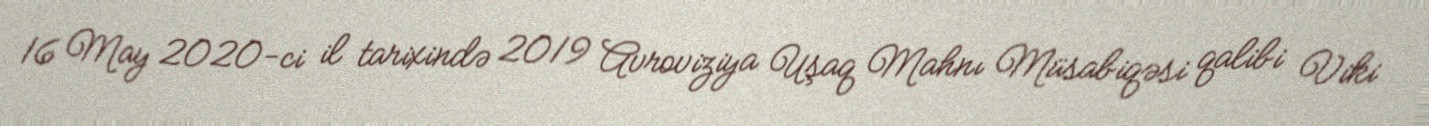
16 May 2020-ci il tarixində 2019 Avroviziya Uşaq Mahnı Müsabiqəsi qalibi Viki